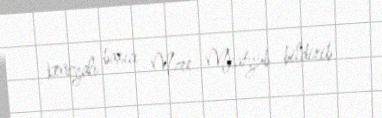
keniyalı baxıcı Mzee Mkatyub bildirib.